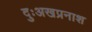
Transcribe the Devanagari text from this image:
दुःअखप्रनाश